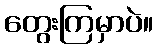
တွေးကြမှာပဲ။